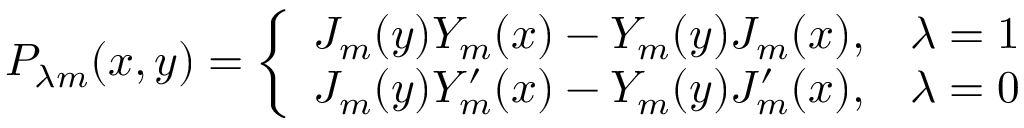
P _ { \lambda m } ( x , y ) = \left\{ \begin{array} { l l } { { J _ { m } ( y ) Y _ { m } ( x ) - Y _ { m } ( y ) J _ { m } ( x ) , } } & { { \lambda = 1 } } \\ { { J _ { m } ( y ) Y _ { m } ^ { \prime } ( x ) - Y _ { m } ( y ) J _ { m } ^ { \prime } ( x ) , } } & { { \lambda = 0 } } \end{array} \right.